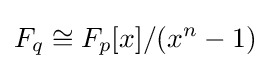
F_{q}\cong F_{p}[x]/(x^{n}-1)